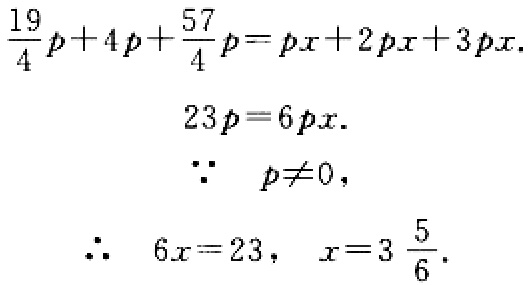
\[\begin{align*}
\frac{19}{4}p + 4p+\frac{57}{4}p&=px + 2px+3px\\
23p&=6px\\
\because\ p&\neq0,\\
\therefore\ 6x&=23,\ x = 3\frac{5}{6}.
\end{align*}\]